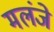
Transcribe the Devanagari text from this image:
मलंजे